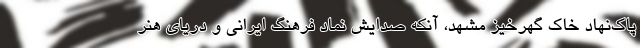
پاک‌نهاد خاک گهرخیز مشهد، آنکه صدایش نماد فرهنگ ایرانی و دریای هنر